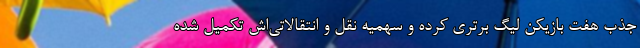
جذب هفت بازیکن لیگ برتری کرده و سهمیه‌ نقل و انتقالاتی‌اش تکمیل شده